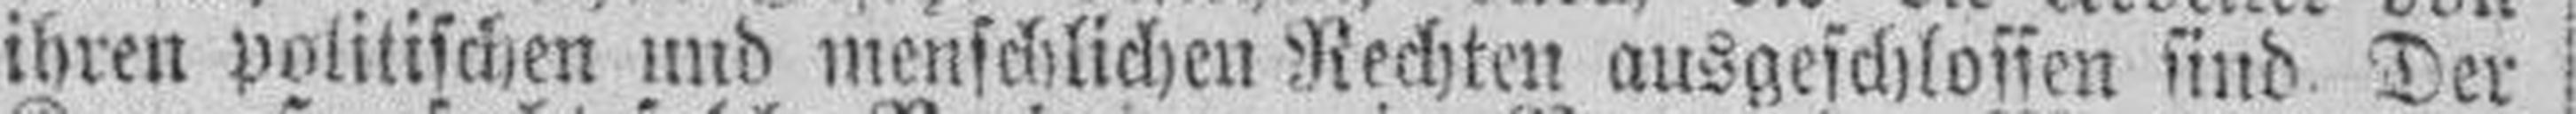
ihren politischen und menschlichen Rechten ausgeschlossen sind. Der